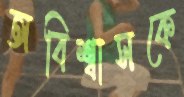
অবিশ্বাসকে